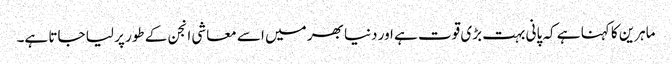
ماہرین کا کہنا ہے کہ پانی بہت بڑی قوت ہے اور دنیا بھر میں اسے معاشی انجن کے طور پر لیا جاتا ہے۔